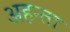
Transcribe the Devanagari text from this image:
अहन्ता